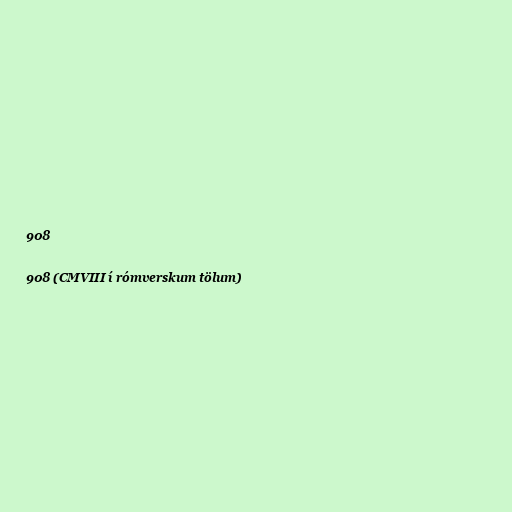
908

908 (CMVIII í rómverskum tölum)